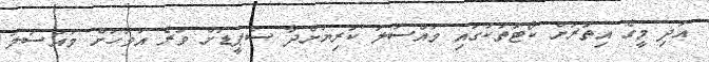
އަދި މީގެ އިތުރަށް ކޯޓުތަކުގައި މައްސަލަ ކުރިޔަށްދާ ސްޕީޑަށް ވުރެ އަވަހަށް މައްސަލަ